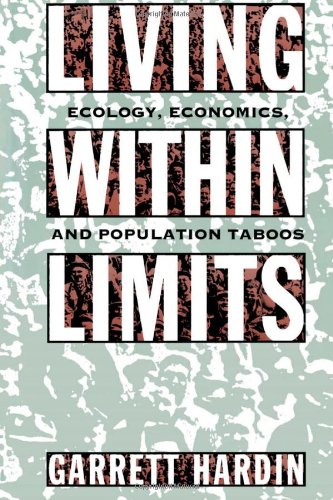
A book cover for Living within Limits: Ecology, Economics, and Population Taboos; Garrett Hardin; Politics & Social Sciences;